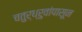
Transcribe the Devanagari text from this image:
चतुर्ध्रुवांपासून